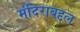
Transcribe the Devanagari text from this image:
मंदिराबद्दल